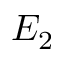
E _ { 2 }